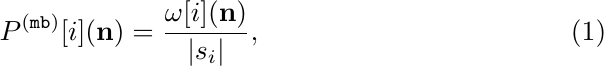
      \begin{align}
P^{(\mathtt{mb})}[i] (\mathbf{n})=\frac{\omega[i](\mathbf{n})}{|s_i|}  ,
      \end{align}